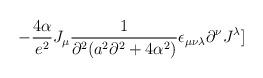
LaTeX: \begin{align*}-{{4\alpha}\over{e^2}} J_\mu{1\over{\partial^2(a^2\partial^2+4\alpha^2)}}\epsilon_{\mu\nu\lambda}\partial^\nu J^\lambda]\end{align*}